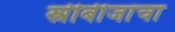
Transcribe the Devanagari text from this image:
स्त्रीबीजांचा